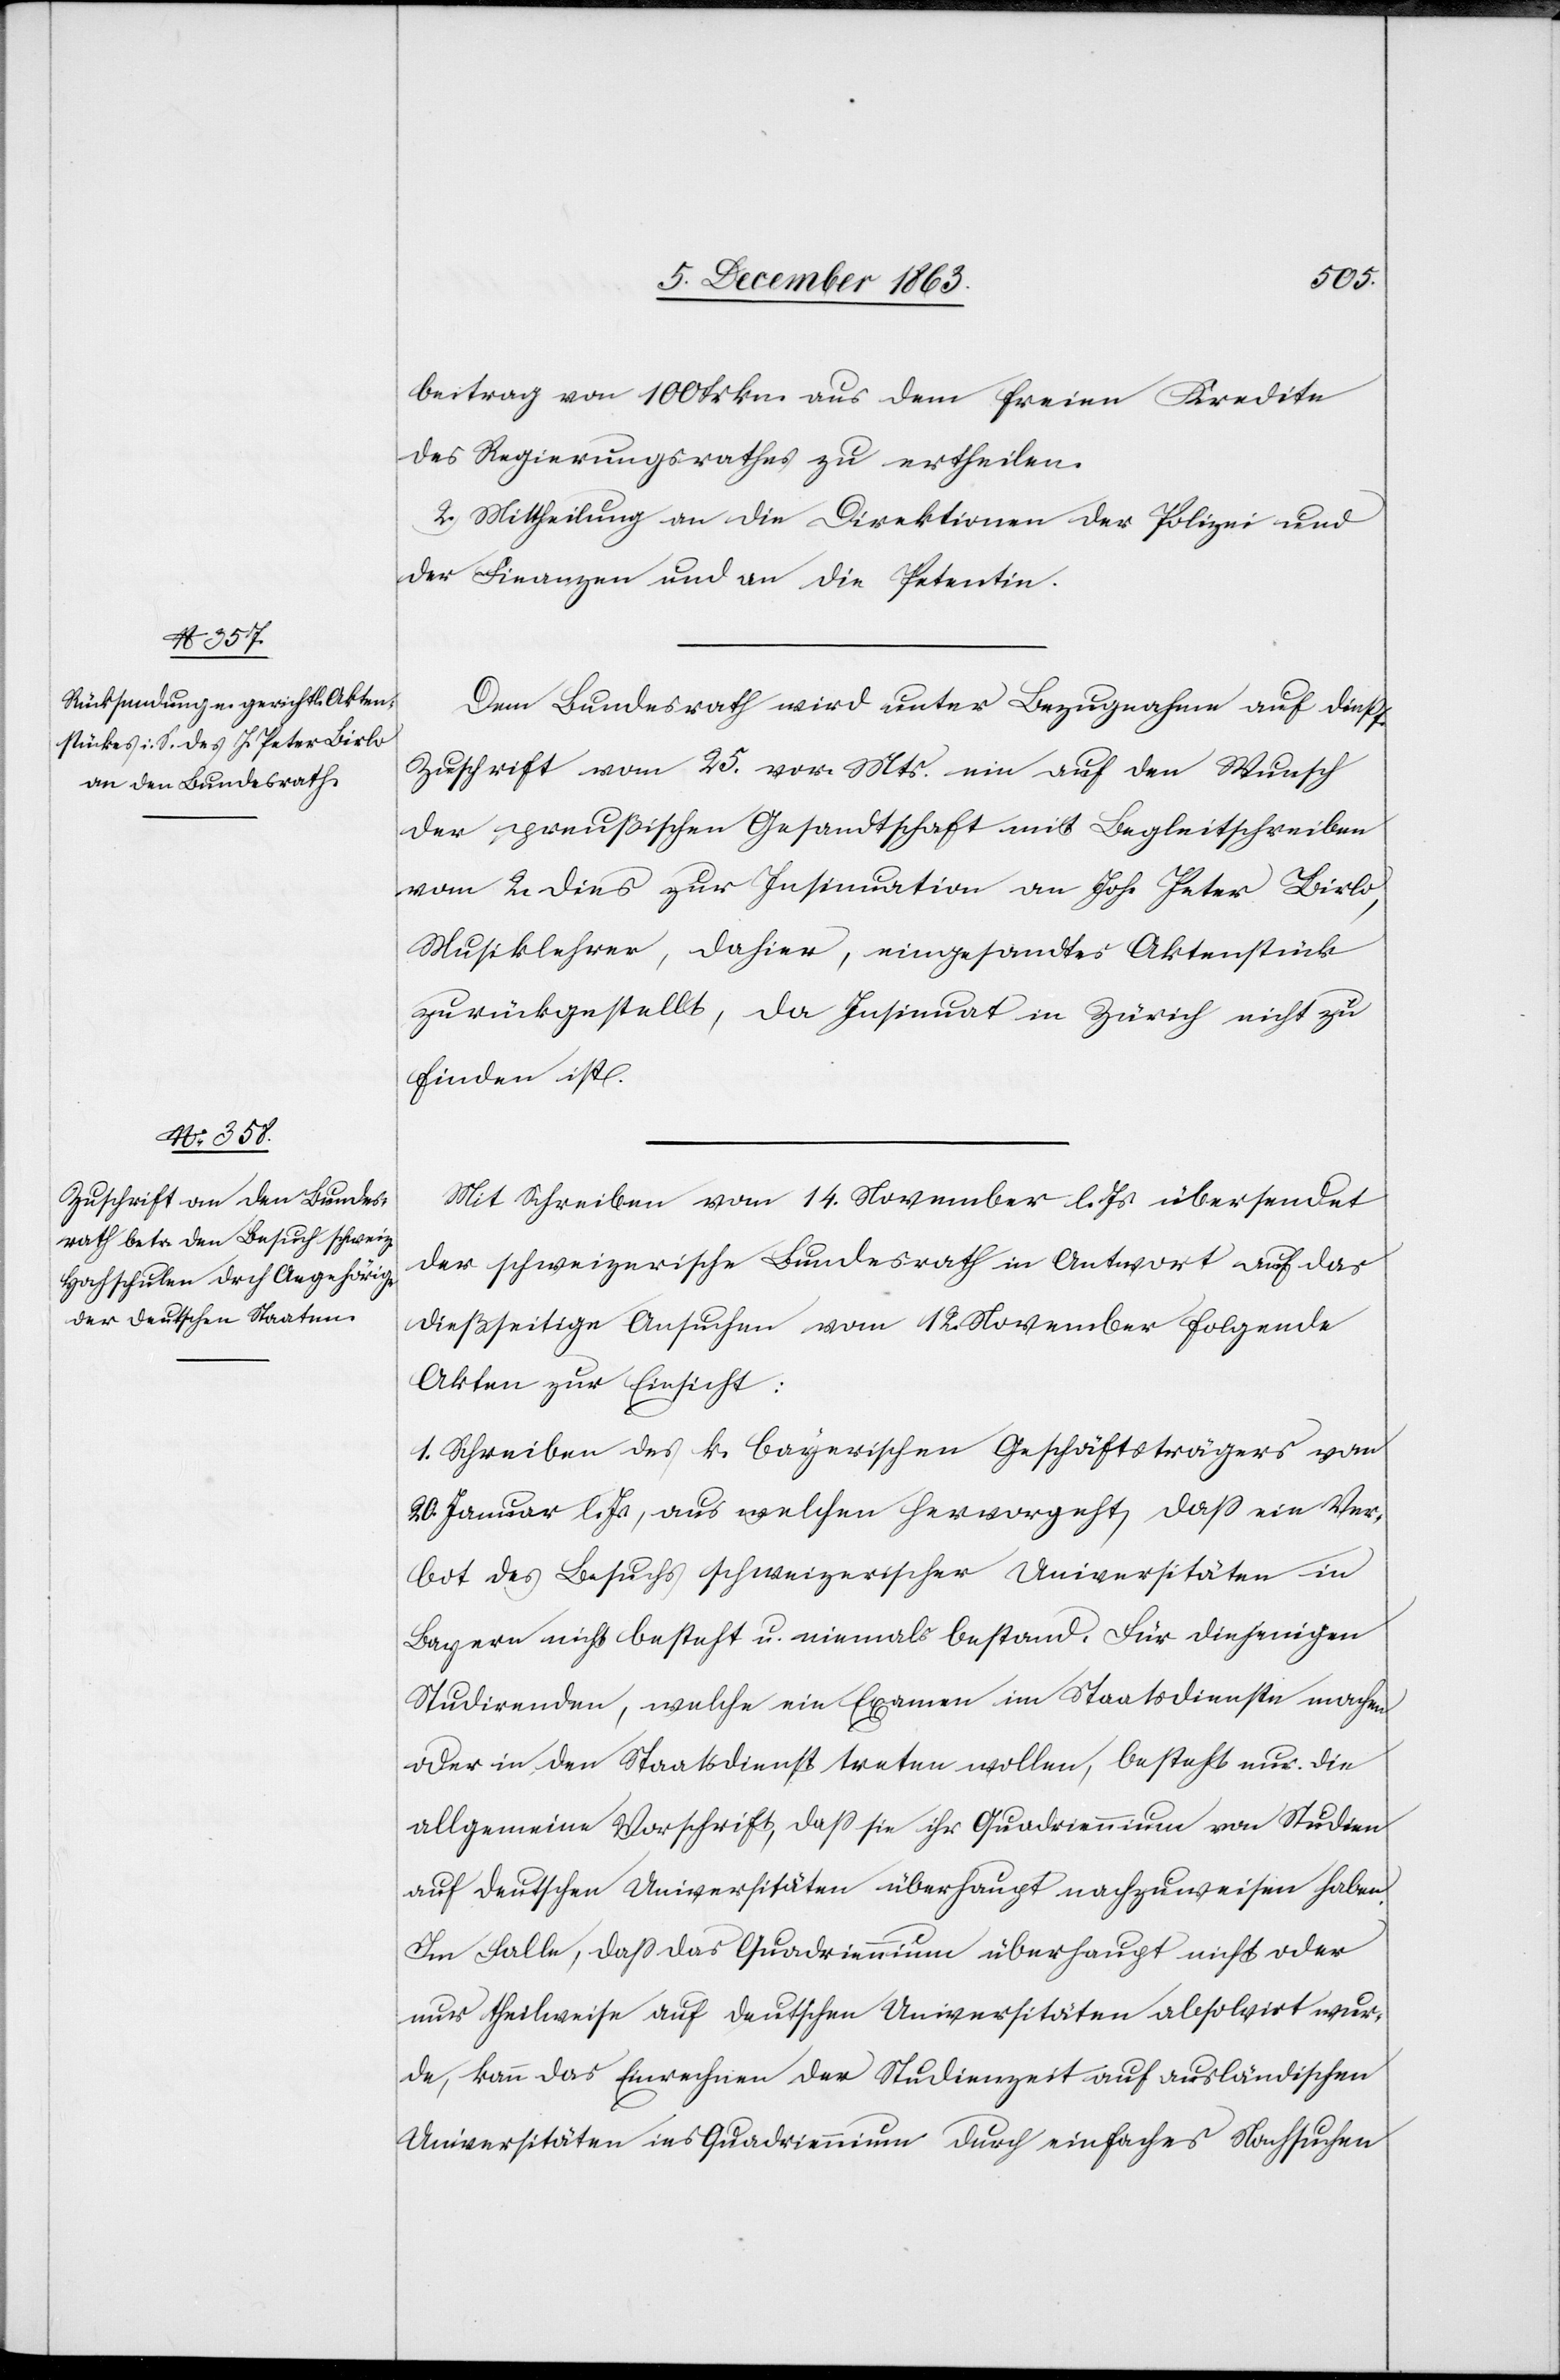
beitrag von 100 Frkn. aus dem freien Kredite
des Regierungsrathes zu ertheilen.
2. Mittheilung an die Direktionen der Polizei und
der Finanzen und an die Petentin.
Dem Bundesrath wird unter Bezugnahme auf diessf.
Zuschrift vom 25. vor. Mts. ein auf den Wunsch
der preußischen Gesandtschaft mit Begleitschreiben
vom 2. dies zur Insinuation an Joh. Peter Birlo,
Musiklehrer, dahier, eingesandtes Aktenstück
zurückgestellt, da Insinuat in Zürich nicht zu
finden ist.
Mit Schreiben vom 14. November l. Js. übersendet
der schweizerische Bundesrath in Antwort auf das
dießseitige Ansuchen vom 12. November folgende
Akten zur Einsicht:
1. Schreiben des k. bayerischen Geschäftsträgers vom
20. Januar l. Js., aus welchen hervorgeht, dass ein Ver¬
bot des Besuchs schweizerischer Universitäten in
Bayern nicht besteht u. niemals bestand. Für diejenigen
Studirenden, welche ein Examen im Staatsdienste machen
oder in den Staatsdienst treten wollen, besteht nur die
allgemeine Vorschrift, dass sie ihr Quadriennium von Studien
auf deutschen Universitäten überhaupt nachzuweisen haben.
Im Falle, dass das Quadriennium überhaupt nicht oder
nur theilweise auf deutschen Universitäten absolvirt wur¬
de, kann das Einrechnen der Studienzeit auf ausländischen
Universitäten ins Quadriennium durch einfaches Nachsuchen